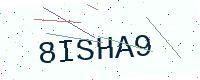
Text: 8ISHA9